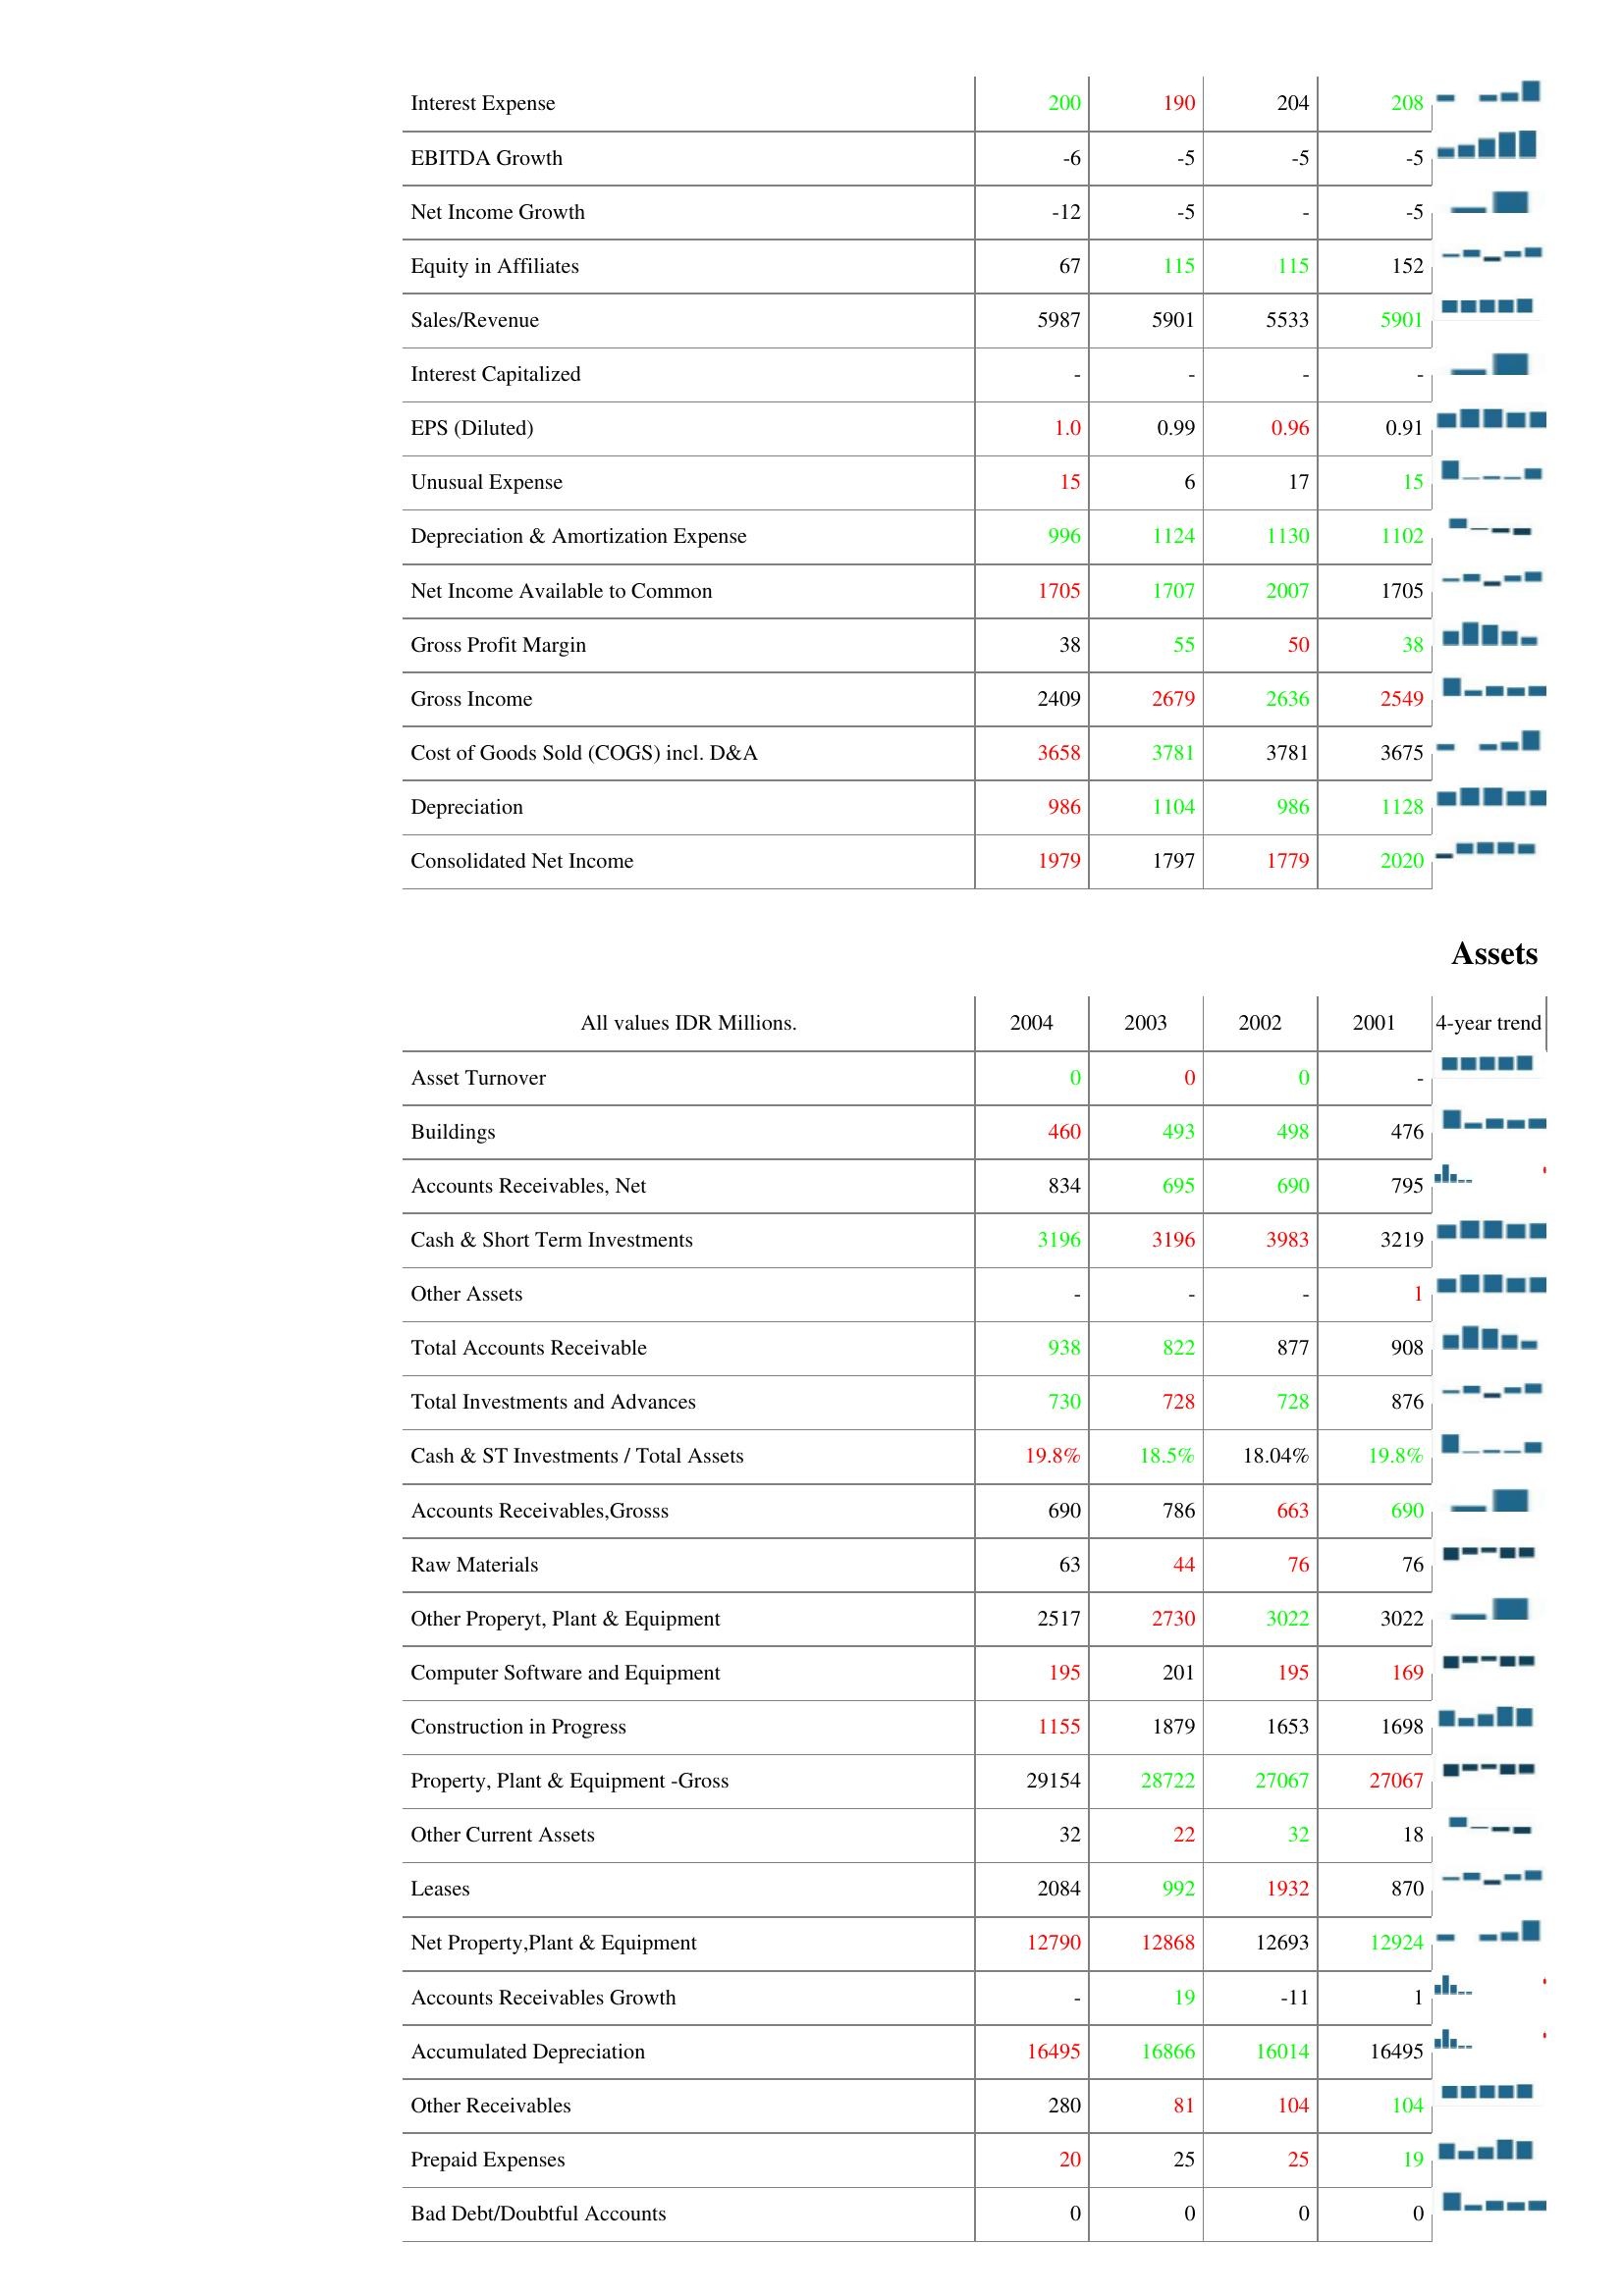
2004: : Interest Expense: 200
EBITDA Growth: -6
Net Income Growth: -12
Equity in Affiliates: 67
Sales/Revenue: 5987
Interest Capitalized: -
EPS (Diluted): 1.0
Unusual Expense: 15
Depreciation & Amortization Expense: 996
Net Income Available to Common: 1705
Gross Profit Margin: 38
Gross Income: 2409
Cost of Goods Sold (COGS) incl. D&A: 3658
Depreciation: 986
Consolidated Net Income: 1979
Assets: Asset Turnover: 0
Buildings: 460
Accounts Receivables, Net: 834
Cash & Short Term Investments: 3196
Other Assets: -
Total Accounts Receivable: 938
Total Investments and Advances: 730
Cash & ST Investments / Total Assets: 19.8%
Accounts Receivables,Grosss: 690
Raw Materials: 63
Other Properyt, Plant & Equipment: 2517
Computer Software and Equipment: 195
Construction in Progress: 1155
Property, Plant & Equipment -Gross: 29154
Other Current Assets: 32
Leases: 2084
Net Property,Plant & Equipment: 12790
Accounts Receivables Growth: -
Accumulated Depreciation: 16495
Other Receivables: 280
Prepaid Expenses: 20
Bad Debt/Doubtful Accounts: 0
2003: : Interest Expense: 190
EBITDA Growth: -5
Net Income Growth: -5
Equity in Affiliates: 115
Sales/Revenue: 5901
Interest Capitalized: -
EPS (Diluted): 0.99
Unusual Expense: 6
Depreciation & Amortization Expense: 1124
Net Income Available to Common: 1707
Gross Profit Margin: 55
Gross Income: 2679
Cost of Goods Sold (COGS) incl. D&A: 3781
Depreciation: 1104
Consolidated Net Income: 1797
Assets: Asset Turnover: 0
Buildings: 493
Accounts Receivables, Net: 695
Cash & Short Term Investments: 3196
Other Assets: -
Total Accounts Receivable: 822
Total Investments and Advances: 728
Cash & ST Investments / Total Assets: 18.5%
Accounts Receivables,Grosss: 786
Raw Materials: 44
Other Properyt, Plant & Equipment: 2730
Computer Software and Equipment: 201
Construction in Progress: 1879
Property, Plant & Equipment -Gross: 28722
Other Current Assets: 22
Leases: 992
Net Property,Plant & Equipment: 12868
Accounts Receivables Growth: 19
Accumulated Depreciation: 16866
Other Receivables: 81
Prepaid Expenses: 25
Bad Debt/Doubtful Accounts: 0
2002: : Interest Expense: 204
EBITDA Growth: -5
Net Income Growth: -
Equity in Affiliates: 115
Sales/Revenue: 5533
Interest Capitalized: -
EPS (Diluted): 0.96
Unusual Expense: 17
Depreciation & Amortization Expense: 1130
Net Income Available to Common: 2007
Gross Profit Margin: 50
Gross Income: 2636
Cost of Goods Sold (COGS) incl. D&A: 3781
Depreciation: 986
Consolidated Net Income: 1779
Assets: Asset Turnover: 0
Buildings: 498
Accounts Receivables, Net: 690
Cash & Short Term Investments: 3983
Other Assets: -
Total Accounts Receivable: 877
Total Investments and Advances: 728
Cash & ST Investments / Total Assets: 18.04%
Accounts Receivables,Grosss: 663
Raw Materials: 76
Other Properyt, Plant & Equipment: 3022
Computer Software and Equipment: 195
Construction in Progress: 1653
Property, Plant & Equipment -Gross: 27067
Other Current Assets: 32
Leases: 1932
Net Property,Plant & Equipment: 12693
Accounts Receivables Growth: -11
Accumulated Depreciation: 16014
Other Receivables: 104
Prepaid Expenses: 25
Bad Debt/Doubtful Accounts: 0
2001: : Interest Expense: 208
EBITDA Growth: -5
Net Income Growth: -5
Equity in Affiliates: 152
Sales/Revenue: 5901
Interest Capitalized: -
EPS (Diluted): 0.91
Unusual Expense: 15
Depreciation & Amortization Expense: 1102
Net Income Available to Common: 1705
Gross Profit Margin: 38
Gross Income: 2549
Cost of Goods Sold (COGS) incl. D&A: 3675
Depreciation: 1128
Consolidated Net Income: 2020
Assets: Asset Turnover: -
Buildings: 476
Accounts Receivables, Net: 795
Cash & Short Term Investments: 3219
Other Assets: 1
Total Accounts Receivable: 908
Total Investments and Advances: 876
Cash & ST Investments / Total Assets: 19.8%
Accounts Receivables,Grosss: 690
Raw Materials: 76
Other Properyt, Plant & Equipment: 3022
Computer Software and Equipment: 169
Construction in Progress: 1698
Property, Plant & Equipment -Gross: 27067
Other Current Assets: 18
Leases: 870
Net Property,Plant & Equipment: 12924
Accounts Receivables Growth: 1
Accumulated Depreciation: 16495
Other Receivables: 104
Prepaid Expenses: 19
Bad Debt/Doubtful Accounts: 0